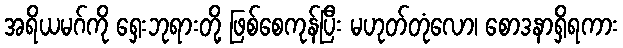
အရိယမဂ်ကို ရှေးဘုရားတို့ ဖြစ်စေကုန်ပြီး မဟုတ်တုံလော၊ စောဒနာရှိရကား